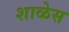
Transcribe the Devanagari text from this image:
शाळेस